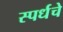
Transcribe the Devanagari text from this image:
स्पर्धचे